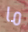
ما